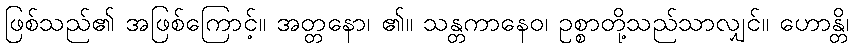
ဖြစ်သည်၏ အဖြစ်ကြောင့်။ အတ္တနော၊ ၏။ သန္တကာနေဝ၊ ဥစ္စာတို့သည်သာလျှင်။ ဟောန္တိ၊